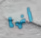
أنها